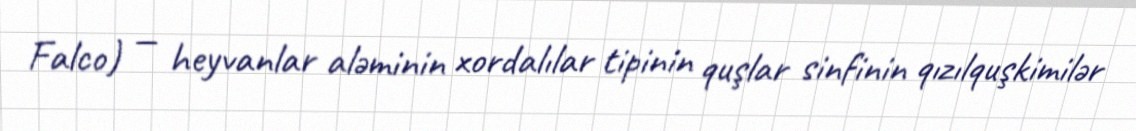
Falco) — heyvanlar aləminin xordalılar tipinin quşlar sinfinin qızılquşkimilər